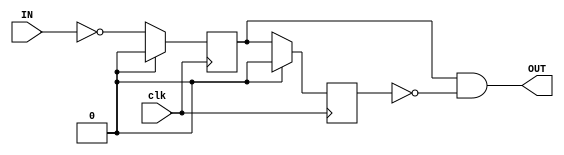
// edge detect module
// Commandeered from Dr. Saar Drimer (https://www.boldport.com/blog/2015/4/3/edge-detect-ad-nauseam)
module edge_detect(
  input  clk,
  input IN,
  output OUT
  );

  reg a, b;
  wire reset;
  wire enter;

  // reset unassigned
  assign enter = ~IN;

// the edge detect signal is (b AND (NOT a))
  assign OUT = a & !b;

  always @(posedge clk) begin
    // It's always good to have a reset condition, otherwise
    // the state of the register will show up as undertemined
    // in simulation ('x')
    if (reset) begin
       a <= 0;
       b <= 0;
    end
    else begin
      a <= enter;
      b <= a;
    end
  end
endmodule